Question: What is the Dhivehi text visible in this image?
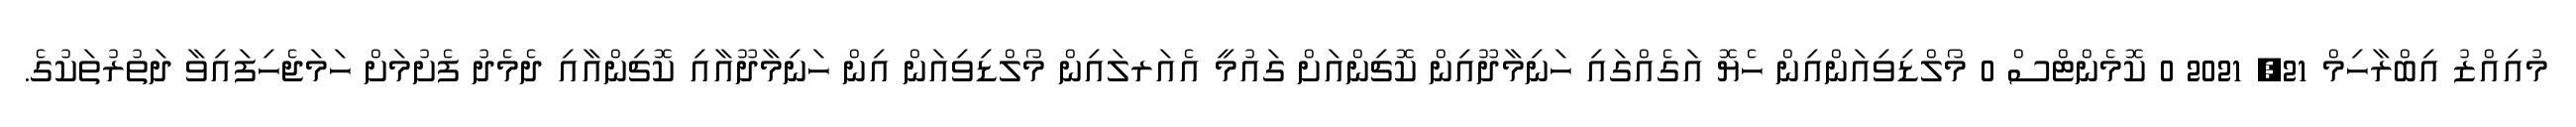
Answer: މުއިއްޒު އިބްރާހިމް 21, 2021 0 ކޮމެންޓްސް 0 މޯލްޑިވިއަންއިން ހެޔޮ އަގެއްގައި ހަނިމާދޫއިން ކޮޗިންއަށް ގައުމީ އެއަރލައިން މޯލްޑިވިއަން އިން ހަނިމާދޫއާއި ކޮޗިންއާއި ދެމެދު ފެށުމަށް ހަމަޖެހިފައިވާ ދަތުރުތަކުގެ.